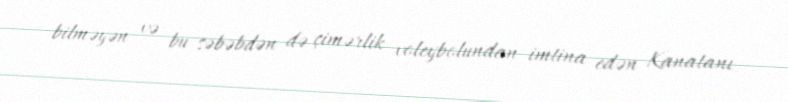
bilməyən və bu səbəbdən də çimərlik voleybolundan imtina edən Kanatanı